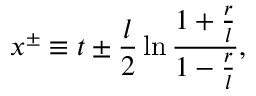
x ^ { \pm } \equiv t \pm \frac { l } { 2 } \ln \frac { 1 + \frac { r } { l } } { 1 - \frac { r } { l } } ,